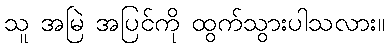
သူ အမြဲ အပြင်ကို ထွက်သွားပါသလား။